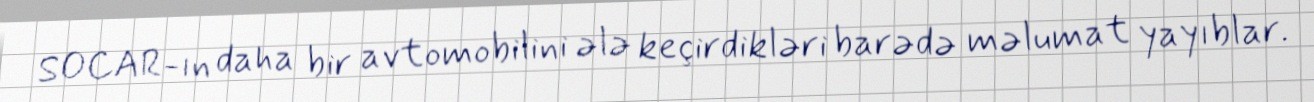
SOCAR-ın daha bir avtomobilini ələ keçirdikləri barədə məlumat yayıblar.